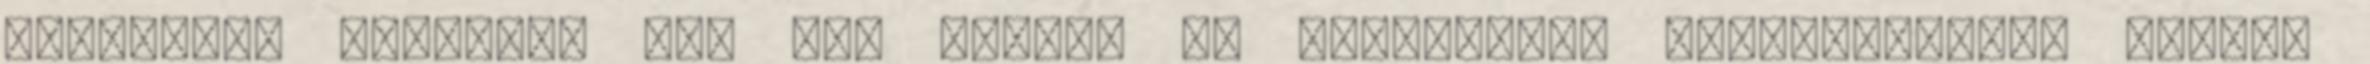
szexuális partner, aki nem azonos az érzelmileg elkötelezett, tartós